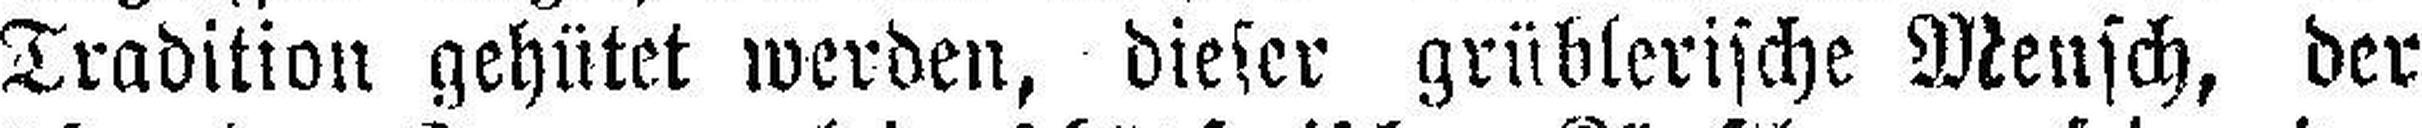
Tradition gehütet werden, dieser grüblerische Mensch, der